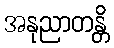
အနုညာတန္တိ